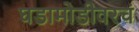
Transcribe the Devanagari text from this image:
घडामोडीवरचं